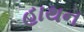
હાથન